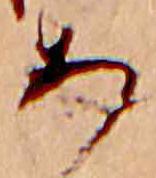
あ